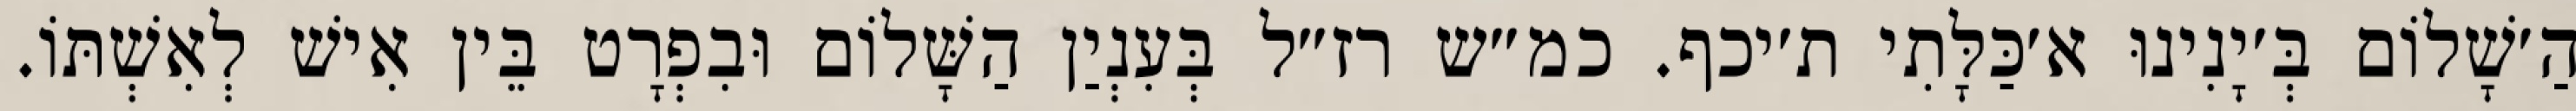
הַ׳שָׁלוֹם בְּ׳יָנִינוּ א׳כַּלָּתִי ת׳יכף. כמ״ש רז״ל בְּעִנְיַן הַשָּׁלוֹם וּבִפְרָט בֵּין אִישׁ לְאִשְׁתּוֹ.